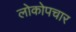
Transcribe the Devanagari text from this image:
लोकोपचार